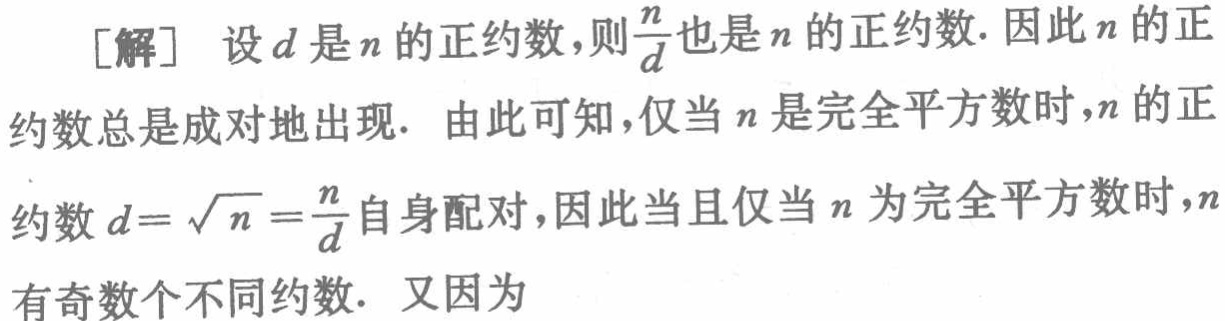
[解] 设\(d\)是\(n\)的正约数,则\(\frac{n}{d}\)也是\(n\)的正约数. 因此\(n\)的正约数总是成对地出现. 由此可知,仅当\(n\)是完全平方数时,\(n\)的正约数\(d = \sqrt{n}=\frac{n}{d}\)自身配对,因此当且仅当\(n\)为完全平方数时,\(n\)有奇数个不同约数. 又因为